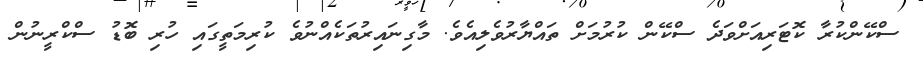
ސްކޭންކުރާ ކޮޓަރިއަށްވަދެ ސްކޭން ކުރުމަށް ތައްޔާރުވެލިއެވެ. މާގިނައިރުތަކެއްނުވެ ކުރިމަތީގައި ހުރި ބޮޑު ސްކްރީނުން